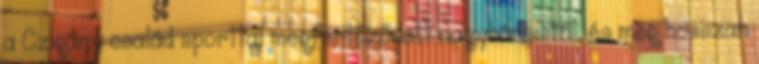
a Czigány család sporttal megfertőződött nagybácsistól. és még hosszan